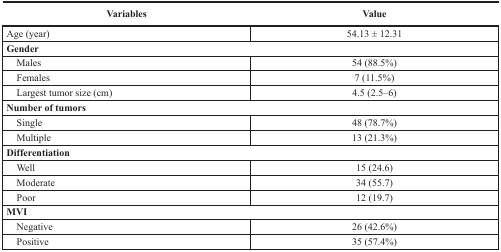
<table><thead><tr><td><b>Variables</b></td><td><b>Value</b></td></tr></thead><tbody><tr><td>Age (year)</td><td>54.13 ± 12.31</td></tr><tr><td colspan="2"><b>Gender</b></td></tr><tr><td> Males</td><td>54 (88.5%)</td></tr><tr><td> Females</td><td>7 (11.5%)</td></tr><tr><td> Largest tumor size (cm)</td><td>4.5 (2.5–6)</td></tr><tr><td colspan="2"><b>Number of tumors</b></td></tr><tr><td> Single</td><td>48 (78.7%)</td></tr><tr><td> Multiple</td><td>13 (21.3%)</td></tr><tr><td colspan="2"><b>Differentiation</b></td></tr><tr><td> Well</td><td>15 (24.6)</td></tr><tr><td> Moderate</td><td>34 (55.7)</td></tr><tr><td> Poor</td><td>12 (19.7)</td></tr><tr><td colspan="2"><b>MVI</b></td></tr><tr><td> Negative</td><td>26 (42.6%)</td></tr><tr><td> Positive</td><td>35 (57.4%)</td></tr></tbody></table>